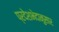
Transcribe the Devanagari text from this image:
प्रदेशभेदानुसार